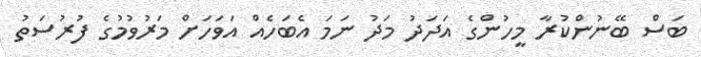
ބަސް ބޭނުންކުރާ މީހުންގެ އަދަދު މަދު ނަމަ އެބަހެއް އަވަހަށް މަރުވުމުގެ ފުރުސަތު